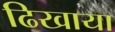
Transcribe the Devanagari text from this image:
ढिखाया